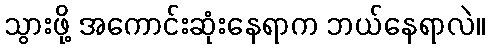
သွားဖို့ အကောင်းဆုံးနေရာက ဘယ်နေရာလဲ။